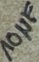
Text: 10µF